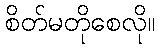
စိတ်မတိုစေလို။